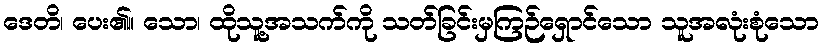
ဒေတိ၊ ပေး၏။ သော၊ ထိုသူ့အသက်ကို သတ်ခြင်းမှကြဉ်ရှောင်သော သူအလုံးစုံသော